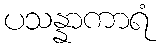
ပသန္နာကာရံ